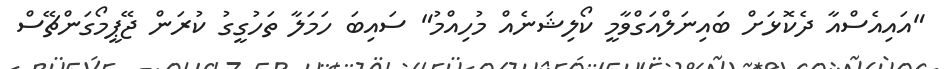
"އައިއެސްއާ ދެކޮޅަށް ބައިނަލްއަގްވާމީ ކޯލިޝަނެއް މުހިއްމު" ސައިބަ ހަމަލާ ތަހުގީގު ކުރަން ޖޭޕީމޯގަންޗޭސް